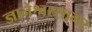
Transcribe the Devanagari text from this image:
ज्ञानेश्वरसागर